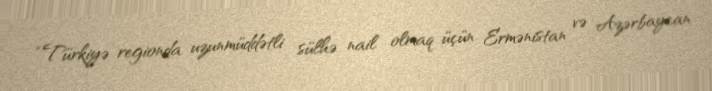
“Türkiyə regionda uzunmüddətli sülhə nail olmaq üçün Ermənistan və Azərbaycan